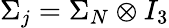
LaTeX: \Sigma_{j}=\Sigma_{N}\otimes I_{3}